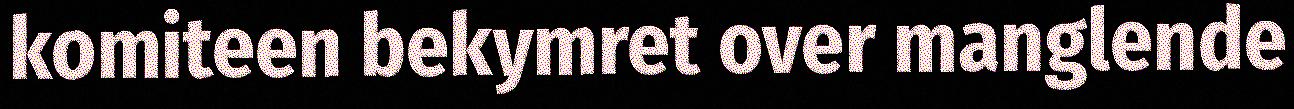
komiteen bekymret over manglende